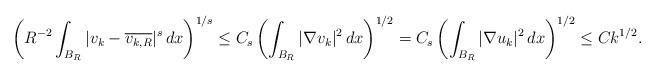
LaTeX: \begin{align*}\left( R^{-2} \int_{B_R} |v_k - \overline{v_{k,R}}|^s \,dx \right)^{1/s} \leq C_s \left( \int_{B_R} |\nabla v_k|^2 \,dx \right)^{1/2} = C_s \left( \int_{B_R} |\nabla u_k|^2 \,dx \right)^{1/2} \leq C k^{1/2}. \end{align*}